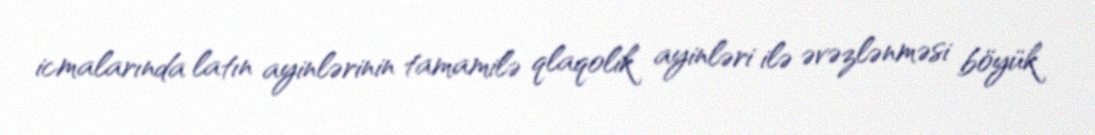
icmalarında latın ayinlərinin tamamilə qlaqolik ayinləri ilə əvəzlənməsi böyük